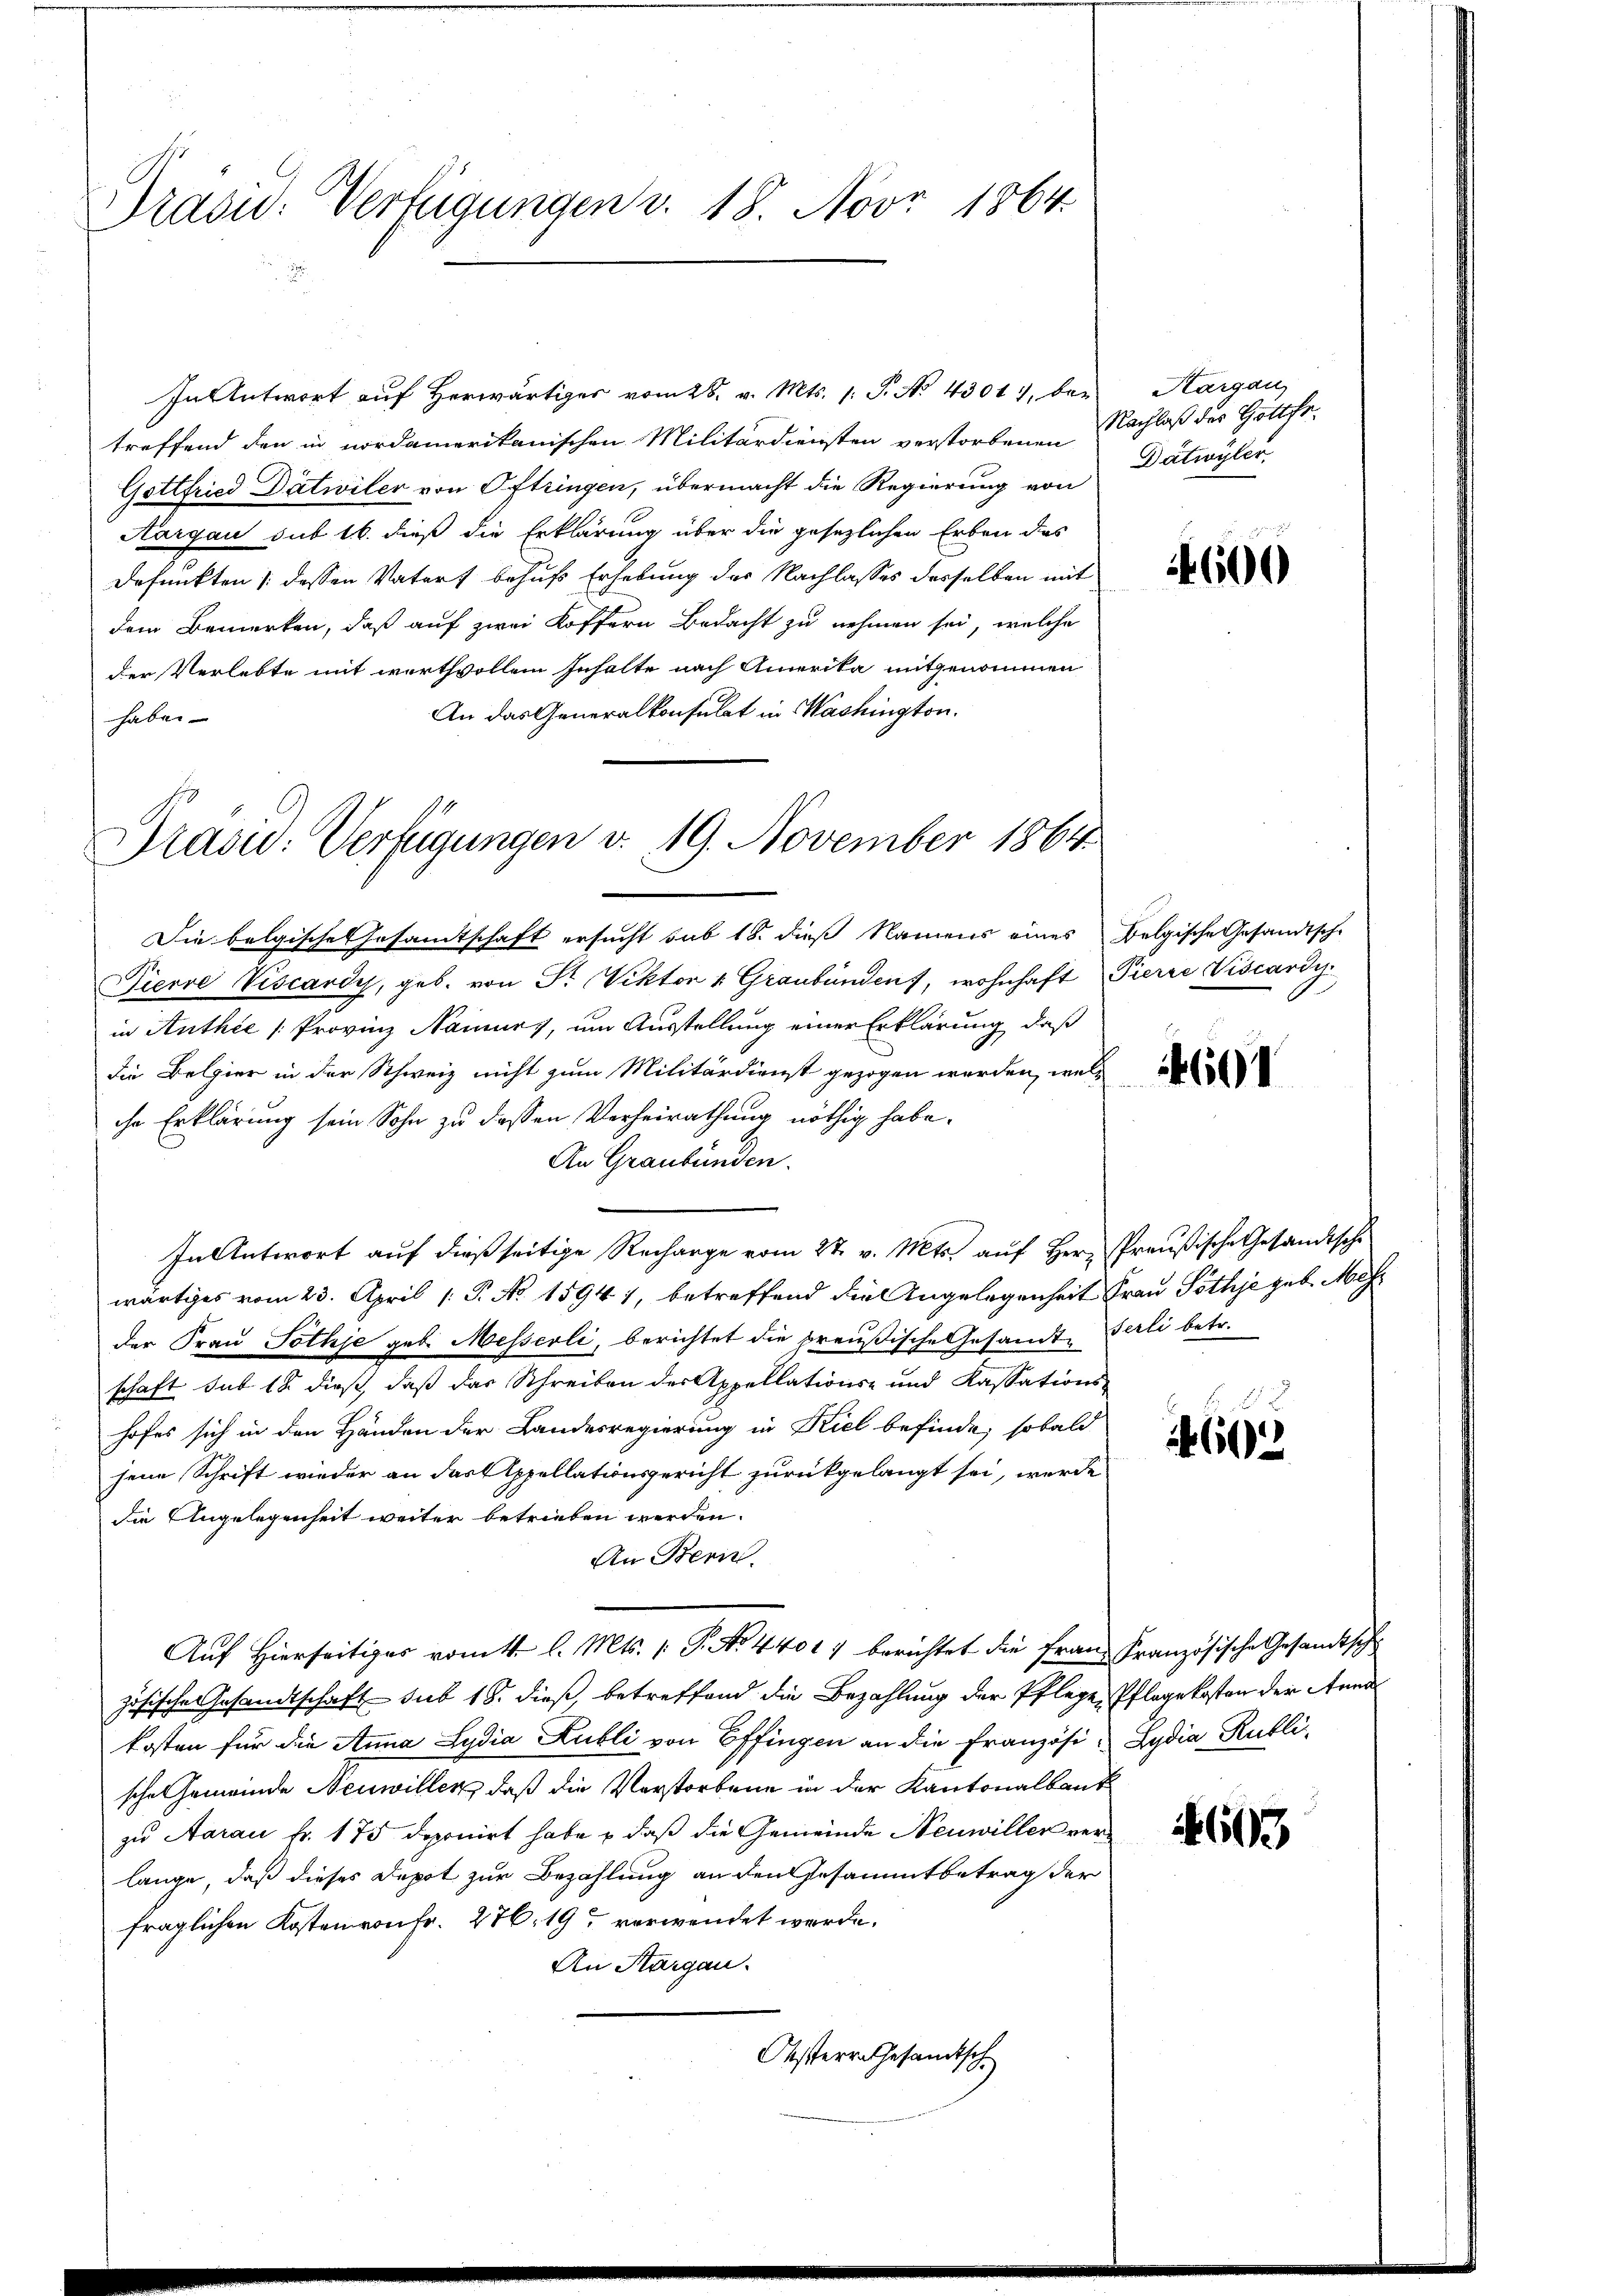
Präsid. Verfügungen v. 18. Nov. 1864.

In Antwort auf herwärtiges vom 28. v. Mts. 1. P. No. 43017, ber
treffend den in nordamerikanischen Militärdiensten verstorbenen Nachlaß der Gottfr.
Gottfried Dätwiler von Oftringen, übermacht die Regierung von
Aargau sub 16. dieß die Erklärung über die gesezlichen Erben das
defunkten /: dessen Vaters behufs Erhebung der Nachlasses desselben mit
dem Bemerken, daß auf zwei Koffern Bedacht zu nehmen sei, welche
der Verlebte mit werthvollem Inhalte nach Amerika mitgenommen
An das Generalkonsulat in Washington.
haben

Präsid: Verfügungen v. 19. November 1864.

Die belgische Gesamtschaft ersucht sub 18. dieß Namens eines Belgische Gesandtsche
Pierre Viscardy, geb. von Fr. Viktor v. Graubünden, wohnhaft Pierre Viscardy.
in Anthie [Provinz Naiury, um Ausstellung einer Erklärung, daß
die Belgier in der Schweiz nicht zum Militärdienst gezogen werden, welche Erklärung sein Sohn zu dessen Verheirathung nöthig habe.
An Graubünden.
In Antwort auf dießseitige Recharge vom 27. v. Mts. auf Herr Preußische Gesandtsche
wärtiges vom 23. April [ P. No. 15941, betreffend die Angelegenheit Frau Pöthje geb. Mehr
der Frau Jothje geb. Messerli, berichtet die preußische Gesandt, Berli betr.
schaft sub 18 dieß, daß das Schreiben der Appellations- und Kassations-
hofes sich in den Händen der Landesregierung in Kiel befinde, sobald
jene Schrift wieder an das Appellationsgericht zurückgelangt sei, werde
die Angelegenheit weiter betrieben werden.
An Bern.
Auf Hierseitiges vom 1. l. Mts. (T. No. 44017 berichtet die Frau Französische Gesandtsch
zösische Gesandtschaft sub 18. dieß, betreffend die Bezahlung der Pflegen Pflegekosten der Anna
kosten für die Anna Lydia Kubli von Effingen an die Französi- Lydia Rubli
sche Gemeinde Neuwillen, daß die Verstorbene in der Kantonalbaut
zu Aarau fr. 175 deponirt habe & daß die Gemeinde Neuwiller verlange, daß dieses Depot zur Bezahlung an den Gesammtbetrag der
fraglichen KostenvonFr. 276. 19 verwendet werde.
An Thurgau.
Osterrathesamtsch

Hargau,
Datwyler.

4600

601

602

603